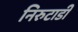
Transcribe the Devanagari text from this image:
निरुटाडी